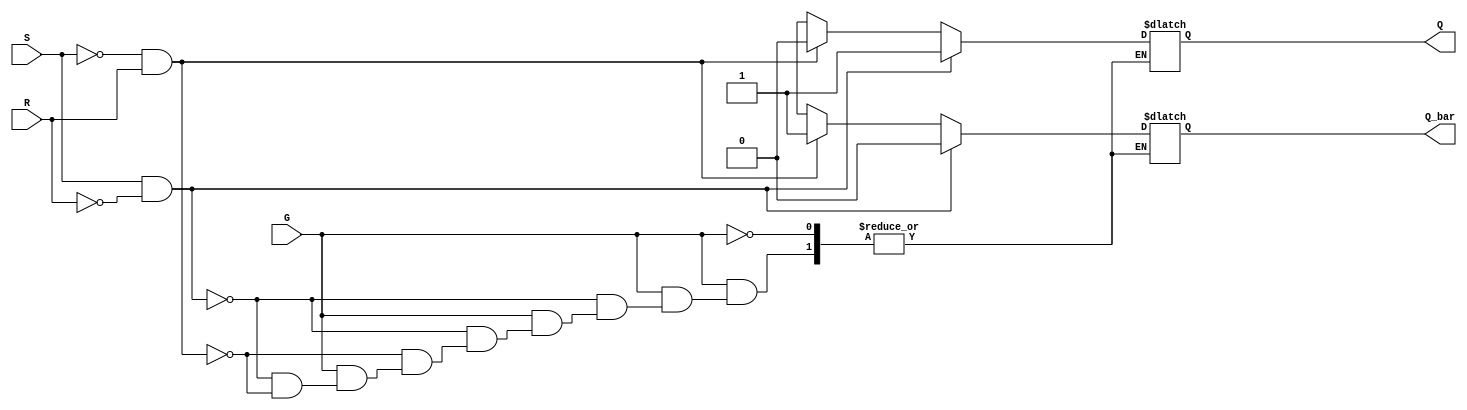
module gated_sr_latch (
    input wire S,      // Set input
    input wire R,      // Reset input
    input wire G,      // Enable input
    output reg Q,      // Output Q
    output reg Q_bar   // Complementary output Q
);

// Always block to describe the behavior of the gated SR latch
always @(G, S, R) begin
    if (G) begin
        if (S && ~R) begin
            // Set condition
            Q = 1'b1;
            Q_bar = 1'b0;
        end else if (~S && R) begin
            // Reset condition
            Q = 1'b0;
            Q_bar = 1'b1;
        end else if (S && R) begin
            // Invalid condition (undefined state)
            // You can choose to assign a specific state or leave it unchanged
            // Here we will not change the state
            Q = Q;        // Maintain previous state
            Q_bar = Q_bar; // Maintain previous state
        end else begin
            // Maintain current state
            Q = Q;        // Maintain previous state
            Q_bar = Q_bar; // Maintain previous state
        end
    end
    // If G is low, maintain the previous state (Q and Q_bar)
end

endmodule